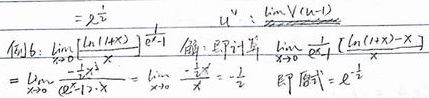
求\(\lim\limits_{x \to 0} \left[\frac{\ln(1 + x)}{x}\right]^{\frac{e^{x}-1}{x}}\)。

解：即计算\(\lim\limits_{x \to 0} \frac{e^{x}-1}{x} \left[\frac{\ln(1 + x)}{x}-1\right]\)
\[
\begin{align*}
&=\lim\limits_{x \to 0} \frac{\frac{1}{1 + x}-1}{(e^{x}-1)\cdot x}\\
&=\lim\limits_{x \to 0} \frac{-\frac{x}{1 + x}}{x\cdot x}\\
&=-\frac{1}{2}
\end{align*}
\]
即原式\(=e^{-\frac{1}{2}}\)